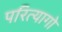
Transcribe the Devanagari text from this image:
परित्यागो